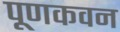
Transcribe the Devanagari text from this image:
पूणकवन